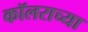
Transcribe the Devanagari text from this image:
कॉलराच्या